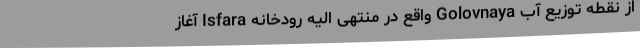
از نقطه توزیع آب Golovnaya واقع در منتهی الیه رودخانه Isfara آغاز